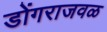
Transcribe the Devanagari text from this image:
डोंगराजवळ